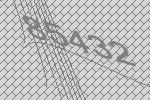
85432